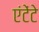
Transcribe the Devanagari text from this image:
एंटेंटे